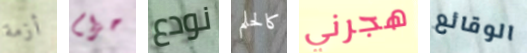
أزمة حزام نودع كالحلم هجرني الوقائع